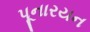
પૂનારયન